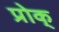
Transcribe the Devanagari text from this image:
प्रोक्